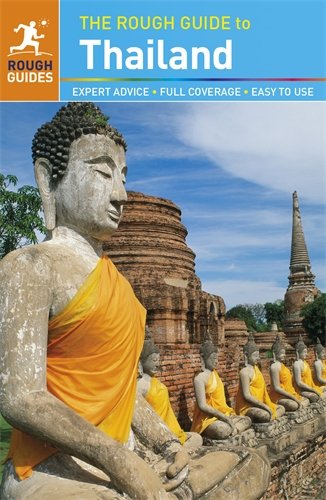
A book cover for The Rough Guide to Thailand; Paul Gray; Travel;